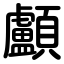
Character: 顱